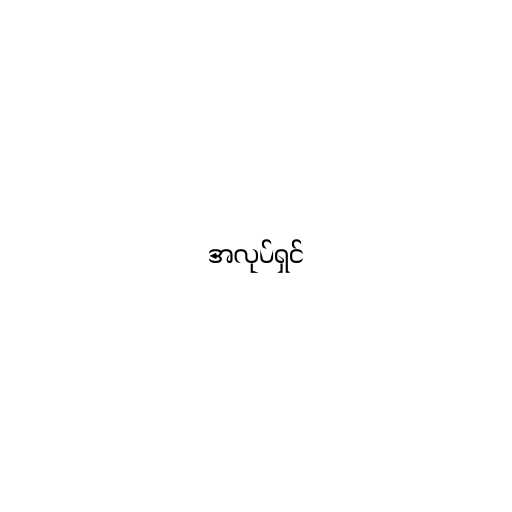
အလုပ်ရှင်